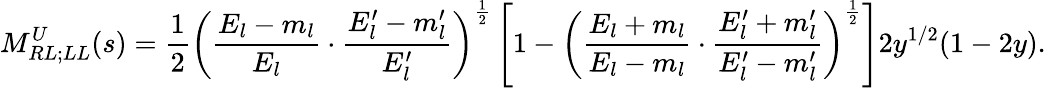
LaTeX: M_{RL;LL}^{U}(s)=\frac{1}{2}\left(\frac{E_{l}-m_{l}}{E_{l}}\cdot\frac{E_{l}^{\prime}-m_{l}^{\prime}}{E_{l}^{\prime}}\right)^{\frac{1}{2}}\left[1-\left(\frac{E_{l}+m_{l}}{E_{l}-m_{l}}\cdot\frac{E_{l}^{\prime}+m_{l}^{\prime}}{E_{l}^{\prime}-m_{l}^{\prime}}\right)^{\frac{1}{2}}\right]2y^{1/2}(1-2y).